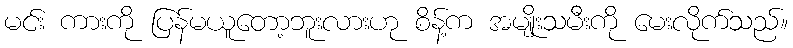
မင်း ကားကို ပြန်မယူတော့ဘူးလားဟု စိန့်က အမျိုးသမီးကို မေးလိုက်သည်။